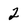
Character: 2